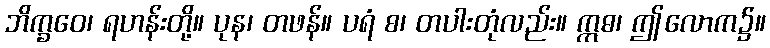
ဘိက္ခဝေ၊ ရဟန်းတို့။ ပုန၊ တဖန်။ ပရံ စ၊ တပါးတုံလည်း။ ဣဓ၊ ဤလောက၌။